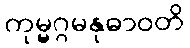
ကုမ္မဂ္ဂမနုဓာဝတိ